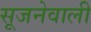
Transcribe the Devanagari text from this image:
सूजनेवाली